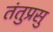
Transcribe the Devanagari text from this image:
तंतुप्रसु